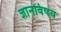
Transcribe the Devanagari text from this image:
ज्ञानविषय